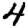
Digit: 4